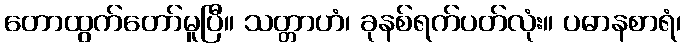
တောထွက်တော်မူပြီ။ သတ္တာဟံ၊ ခုနစ်ရက်ပတ်လုံး။ ပဓာနစာရံ၊